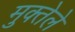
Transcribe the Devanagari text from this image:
मुक्तेले